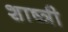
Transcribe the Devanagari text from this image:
शाष्त्री